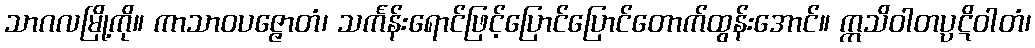
သာဂလမြို့ကို။ ကာသာဝပဇ္ဇောတံ၊ သင်္ကန်းရောင်ဖြင့်ပြောင်ပြောင်တောက်ထွန်းအောင်။ ဣသိဝါတပ္ပဋိဝါတံ၊